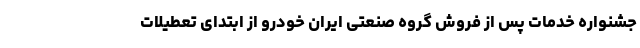
جشنواره خدمات پس از فروش گروه صنعتی ایران خودرو از ابتدای تعطیلات